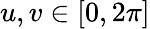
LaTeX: u,v\in[0,2\pi]